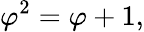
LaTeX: \varphi^{2}=\varphi+1,